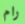
رام